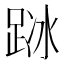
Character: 𨀰